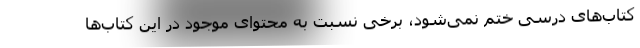
کتاب‌های درسی ختم نمی‌شود، برخی نسبت به محتوای موجود در این کتاب‌ها